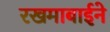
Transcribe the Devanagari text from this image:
रखमाबाईने